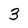
Character: 3